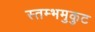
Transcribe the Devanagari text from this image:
स्तम्भमुकुट